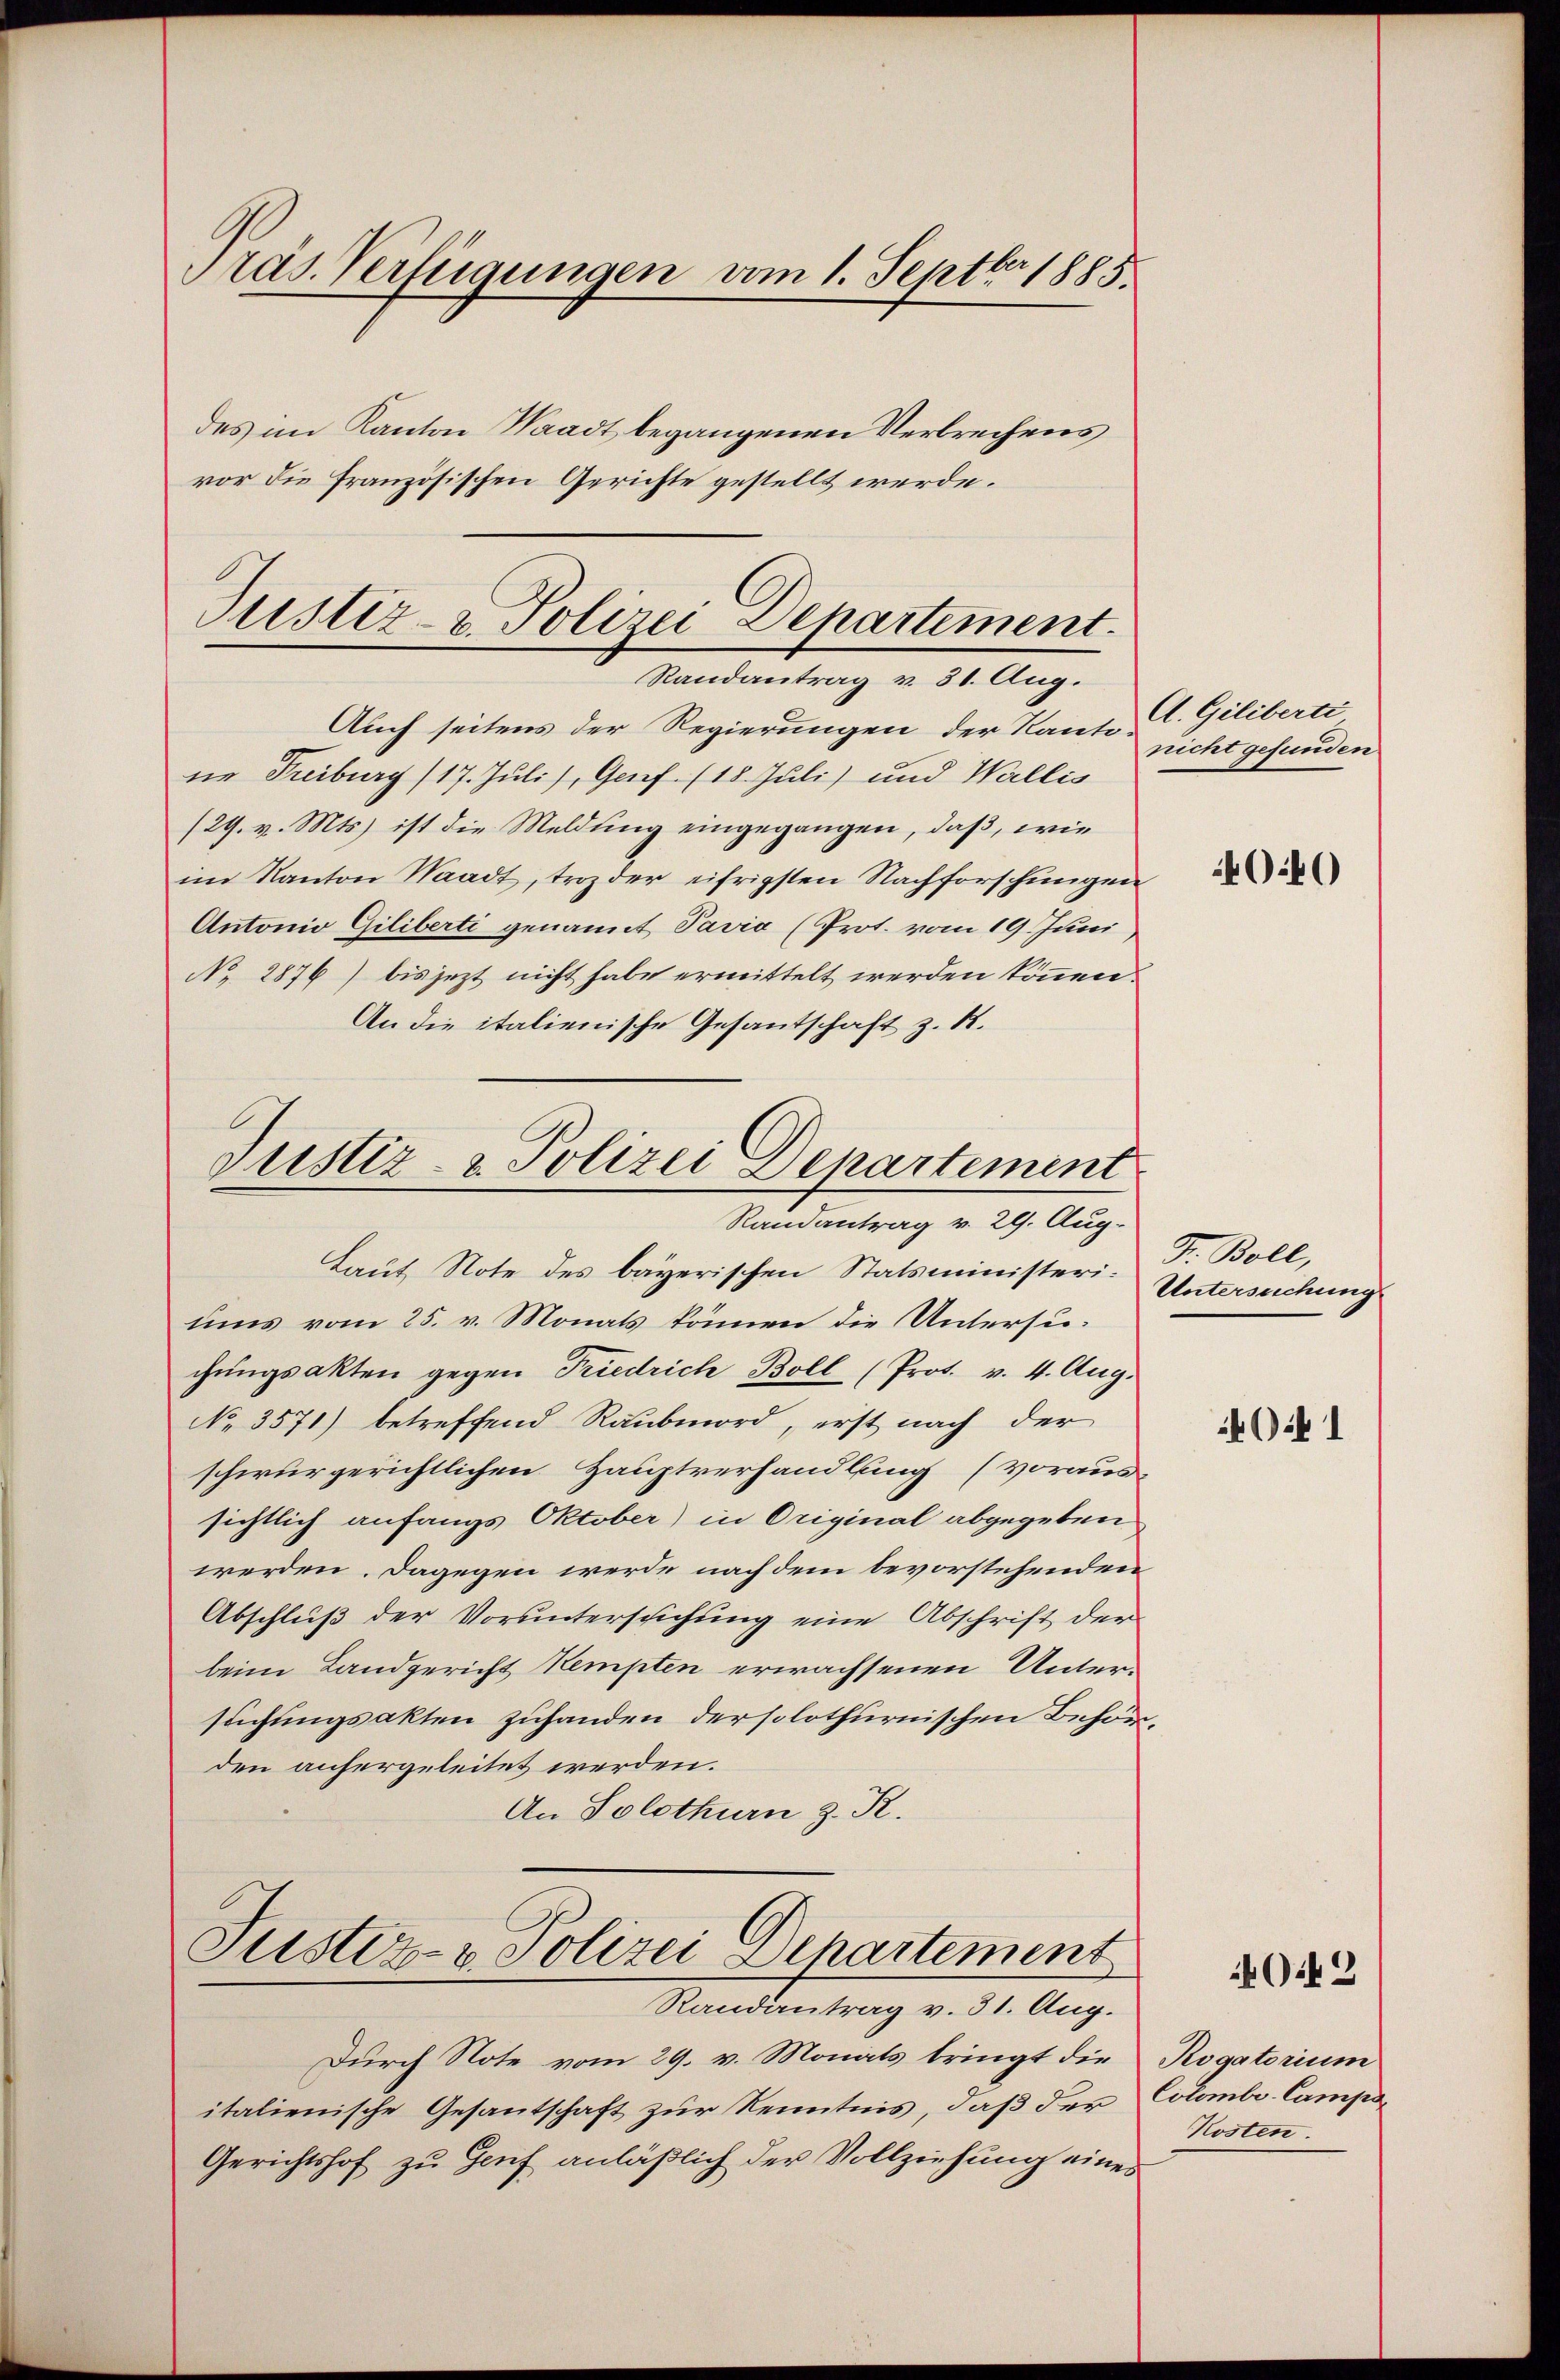
Präs. Verfügungen vom 1. Septbr 1885.
des im Kanton Waadt begangenen Verbrechens
vor die französischen Gerichte gestellt werde.

Justiz- & Polizei Departement.
Randantrag v. 31. Aug.

Justiz & Polizei Departement
Randantrag v. 29. Aug.

Auch seitens der Regierungen der Kante A. Giliberti
ne Freiburg (17. Juli), Genf. (18. Juli) und Wallis
/29. v. Mts. ist die Meldung eingegangen, daß, wie
im Kanton Waadt, troz der eifrigsten Nachforschungen
Antonio Giliberti genannt Pavia (Prot. vom 19. Juni,
No 2876) bis jezt nicht habe ermittelt werden können.
An die italienische Gesantschaft z. B.
Laut Note des bayerischen Statsministeri. Untersuchung
ums vom 25. v. Monats können die Untersuchungsakten gegen Friedrich Boll (Prot. v. 4. Aug.
No. 3571) betreffend Raubmord, erst nach der
schwurgerichtlichen Hauptverhandlung (voraus-
sichtlich anfangs Oktober) in Original abgegeben
werden. Dagegen werde nach dem bevorstehenden
Abschluß der Voruntersuchung eine Abschrift der
beim Landgericht Kempten erwachsenen Untersuchungsakten zuhanden der solothurnischen Behörden anhergeleitet werden.
An Solothurn z. R.

Justiz- & Polizei Departement
Randantrag v. 31. Aug.

Durch Note vom 29. v. Monats bringt die
italienische Gesantschaft zur Kenntnis, daß der Colombi-Campo¬
Gerichtshof zu Genf anläßlich der Vollziehung eines

nicht gefunden

40

F. Boll,

1

G.2

Rogatorium
Kosten.